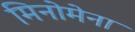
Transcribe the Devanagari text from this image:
मिनोमेना